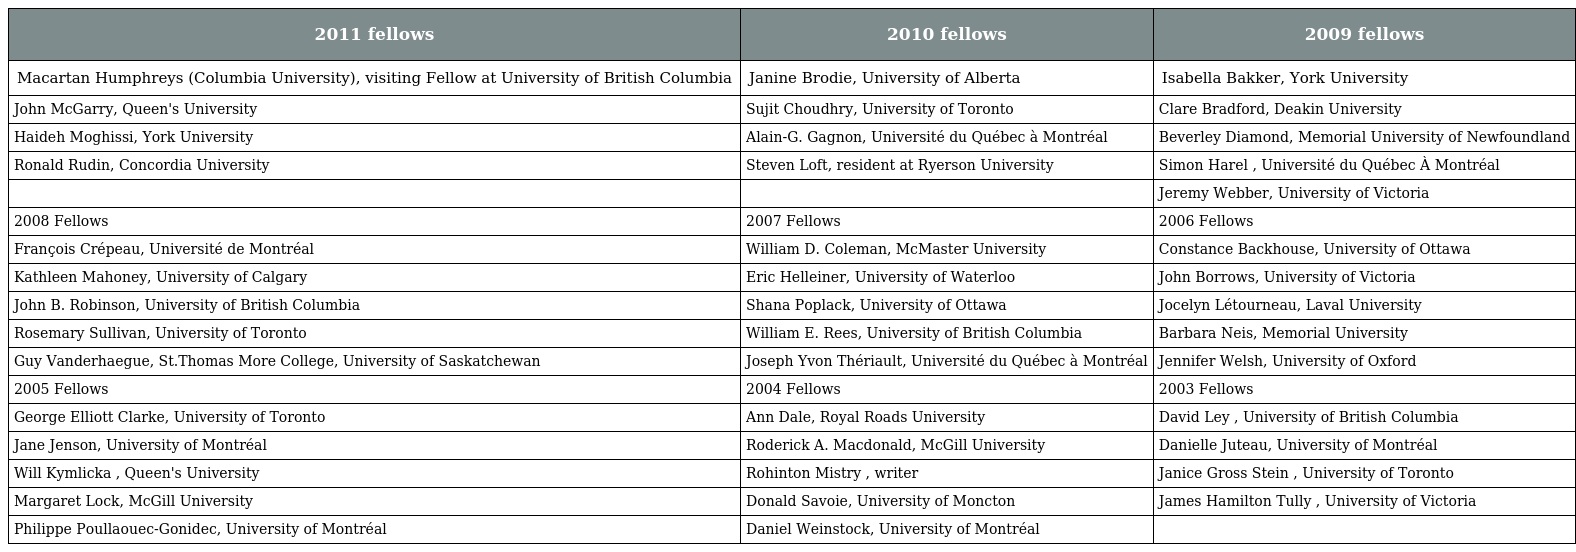
| 2011 fellows | 2010 fellows | 2009 fellows |
 | --- | --- | --- |
 | Macartan Humphreys (Columbia University), visiting Fellow at University of British Columbia | Janine Brodie, University of Alberta | Isabella Bakker, York University |
 | John McGarry, Queen's University | Sujit Choudhry, University of Toronto | Clare Bradford, Deakin University |
 | Haideh Moghissi, York University | Alain-G. Gagnon, Université du Québec à Montréal | Beverley Diamond, Memorial University of Newfoundland |
 | Ronald Rudin, Concordia University | Steven Loft, resident at Ryerson University | Simon Harel , Université du Québec À Montréal |
 |  |  | Jeremy Webber, University of Victoria |
 | 2008 Fellows | 2007 Fellows | 2006 Fellows |
 | François Crépeau, Université de Montréal | William D. Coleman, McMaster University | Constance Backhouse, University of Ottawa |
 | Kathleen Mahoney, University of Calgary | Eric Helleiner, University of Waterloo | John Borrows, University of Victoria |
 | John B. Robinson, University of British Columbia | Shana Poplack, University of Ottawa | Jocelyn Létourneau, Laval University |
 | Rosemary Sullivan, University of Toronto | William E. Rees, University of British Columbia | Barbara Neis, Memorial University |
 | Guy Vanderhaegue, St.Thomas More College, University of Saskatchewan | Joseph Yvon Thériault, Université du Québec à Montréal | Jennifer Welsh, University of Oxford |
 | 2005 Fellows | 2004 Fellows | 2003 Fellows |
 | George Elliott Clarke, University of Toronto | Ann Dale, Royal Roads University | David Ley , University of British Columbia |
 | Jane Jenson, University of Montréal | Roderick A. Macdonald, McGill University | Danielle Juteau, University of Montréal |
 | Will Kymlicka , Queen's University | Rohinton Mistry , writer | Janice Gross Stein , University of Toronto |
 | Margaret Lock, McGill University | Donald Savoie, University of Moncton | James Hamilton Tully , University of Victoria |
 | Philippe Poullaouec-Gonidec, University of Montréal | Daniel Weinstock, University of Montréal |  |